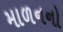
માળનનો